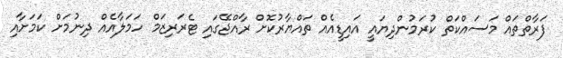
ފަރާތްތައް މަސައްކަތް ކުރަމުންދިޔައީ އައިޑީއެއް ތައްޔާރުކޮށް ރާއްޖޭގައި ޓެރަރިޒަމް ހަމަލާއެއް ދިނުމަށް ކަމަށާއި